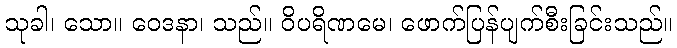
သုခါ၊ သော။ ဝေဒနာ၊ သည်။ ဝိပရိဏမေ၊ ဖောက်ပြန်ပျက်စီးခြင်းသည်။